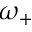
\omega _ { + }